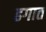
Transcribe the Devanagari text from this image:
ढगात